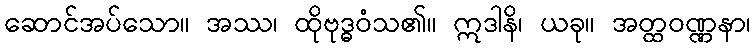
ဆောင်အပ်သော။ အဿ၊ ထိုဗုဒ္ဓဝံသ၏။ ဣဒါနိ၊ ယခု။ အတ္ထဝဏ္ဏနာ၊